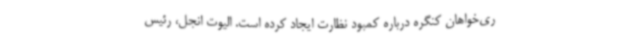
ری‌خواهان کنگره درباره کمبود نظارت ایجاد کرده است. الیوت انجل، رئیس